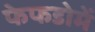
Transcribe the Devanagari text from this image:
फेफडोमें